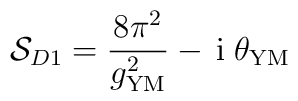
{\cal S}_{D1} =  \frac{8 \pi^2}{g_{\rm YM}^2} - \, {\rm i}\;\theta_{\rm YM}